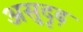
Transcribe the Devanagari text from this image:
असुदृढ़